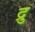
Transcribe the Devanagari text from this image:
द्रु